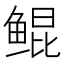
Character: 鲲